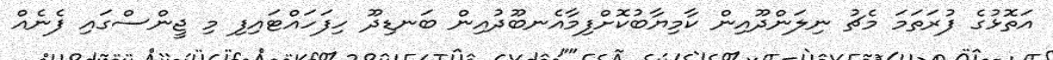
އަތޮޅުގެ ފުރަތަމަ މެޗު ނިލަންދޫއިން ކާމިޔާބުކޮށްފިމާއެނބޫދުއިން ބަނޑިދޫ ހިފަހައްޓައިފި މި ޖީންސްގައި ފެނެއް